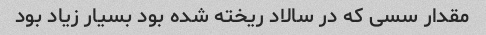
مقدار سسی که در سالاد ریخته شده بود بسیار زیاد بود